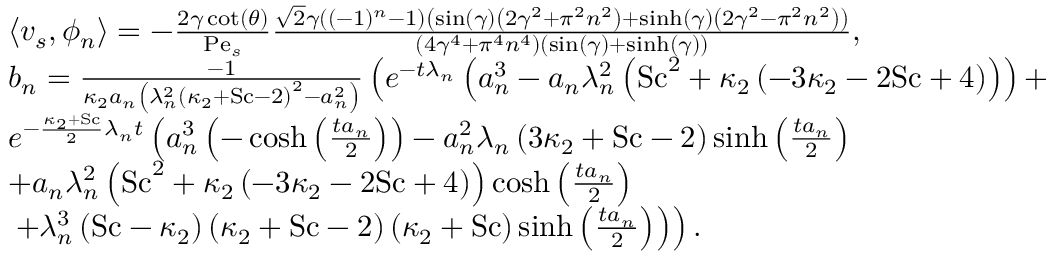
\begin{array} { r l } & { \left\langle v _ { s } , \phi _ { n } \right\rangle = - \frac { 2 \gamma \cot ( \theta ) } { \mathrm { P e } _ { s } } \frac { \sqrt { 2 } \gamma \left( ( - 1 ) ^ { n } - 1 \right) \left( \sin ( \gamma ) \left( 2 \gamma ^ { 2 } + \pi ^ { 2 } n ^ { 2 } \right) + \sinh ( \gamma ) \left( 2 \gamma ^ { 2 } - \pi ^ { 2 } n ^ { 2 } \right) \right) } { \left( 4 \gamma ^ { 4 } + \pi ^ { 4 } n ^ { 4 } \right) ( \sin ( \gamma ) + \sinh ( \gamma ) ) } , } \\ & { b _ { n } = \frac { - 1 } { \kappa _ { 2 } a _ { n } \left( \lambda _ { n } ^ { 2 } \left( \kappa _ { 2 } + \mathrm { S c } - 2 \right) ^ { 2 } - a _ { n } ^ { 2 } \right) } \left( e ^ { - t \lambda _ { n } } \left( a _ { n } ^ { 3 } - a _ { n } \lambda _ { n } ^ { 2 } \left( \mathrm { S c } ^ { 2 } + \kappa _ { 2 } \left( - 3 \kappa _ { 2 } - 2 \mathrm { S c } + 4 \right) \right) \right) + \right. } \\ & { e ^ { - \frac { \kappa _ { 2 } + \mathrm { S c } } { 2 } \lambda _ { n } t } \left( a _ { n } ^ { 3 } \left( - \cosh \left( \frac { t a _ { n } } { 2 } \right) \right) - a _ { n } ^ { 2 } \lambda _ { n } \left( 3 \kappa _ { 2 } + \mathrm { S c } - 2 \right) \sinh \left( \frac { t a _ { n } } { 2 } \right) \right. } \\ & { + a _ { n } \lambda _ { n } ^ { 2 } \left( \mathrm { S c } ^ { 2 } + \kappa _ { 2 } \left( - 3 \kappa _ { 2 } - 2 \mathrm { S c } + 4 \right) \right) \cosh \left( \frac { t a _ { n } } { 2 } \right) } \\ & { \left. \left. + \lambda _ { n } ^ { 3 } \left( \mathrm { S c } - \kappa _ { 2 } \right) \left( \kappa _ { 2 } + \mathrm { S c } - 2 \right) \left( \kappa _ { 2 } + \mathrm { S c } \right) \sinh \left( \frac { t a _ { n } } { 2 } \right) \right) \right) . } \end{array}